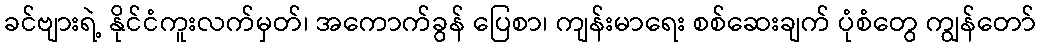
ခင်ဗျားရဲ့ နိုင်ငံကူးလက်မှတ်၊ အကောက်ခွန် ပြေစာ၊ ကျန်းမာရေး စစ်ဆေးချက် ပုံစံတွေ ကျွန်တော်